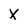
Character: X